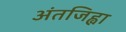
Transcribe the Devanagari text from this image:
अंतजिह्वा